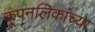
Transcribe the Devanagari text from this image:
कूपनलिकांच्या